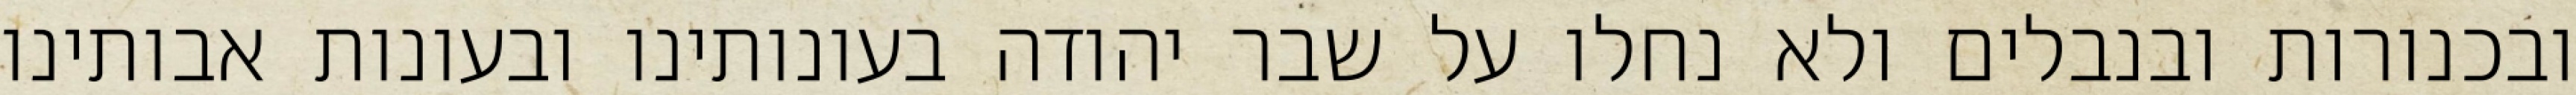
ובכנורות ובנבלים ולא נחלו על שבר יהודה בעונותינו ובעונות אבותינו